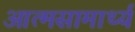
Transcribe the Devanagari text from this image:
आत्मसामार्थ्य